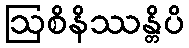
ဩစိနိဿန္တိပိ